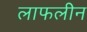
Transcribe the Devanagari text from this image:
लाफलीन